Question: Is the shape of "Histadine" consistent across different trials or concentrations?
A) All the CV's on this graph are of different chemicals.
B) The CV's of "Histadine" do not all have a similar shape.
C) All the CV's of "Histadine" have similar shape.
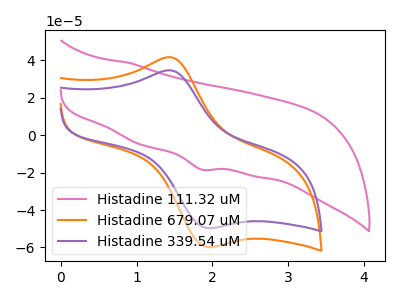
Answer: <think>The pink curve "Histadine 111.32 uM" has a cathodic peak at: (1.85V, -18.35uA). The orange curve "Histadine 679.07 uM" has an anodic peak at (1.45V, 41.40uA) and a cathodic peak at (2.00V, -59.75uA). The purple curve "Histadine 339.54 uM" has an anodic peak at (1.45V, 34.40uA) and a cathodic peak at (2.00V, -49.65uA).
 "Histadine 111.32 uM" and "Histadine 679.07 uM" have a different number of peaks. "Histadine 111.32 uM" and "Histadine 339.54 uM" have a different number of peaks. All the peaks in "Histadine 679.07 uM" have a peak in "Histadine 339.54 uM" at the same potential. Every peak in "Histadine 679.07 uM" is higher than every peak in "Histadine 339.54 uM".</think>
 <answer>C) All the CV's of "Histadine" have similar shape.</answer>
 <eval>C</eval>